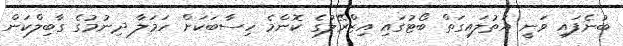
ބުނެފައި ވަނީ އަތުލައިގަތް ބޯޓުގައި އިޒްރޭލުގެ ކޮންމެ ހިސާބަކަށް ހަމަލާ ދިނުމުގެ ގާބިލްކަން